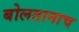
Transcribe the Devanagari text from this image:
बोलतानाच